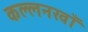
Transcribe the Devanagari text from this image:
कल्लनखाँ